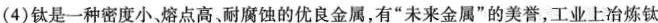
(4)钛是一种密度小、熔点高。耐腐蚀的优良金属，有“未来金属”的美誉，工业上冶炼钛